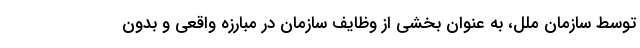
توسط سازمان ملل، به عنوان بخشی از وظایف سازمان در مبارزه واقعی و بدون